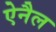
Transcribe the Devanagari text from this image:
ऐनैल